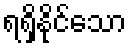
ရရှိနိုင်သော